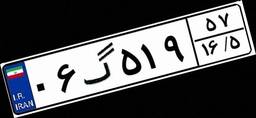
۲۷گ۲۰۲۶۵